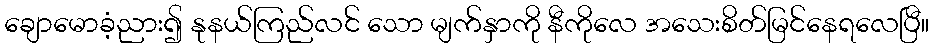
ချောမောခံ့ညား၍ နုနယ်ကြည်လင် သော မျက်နှာကို နီကိုလေ အသေးစိတ်မြင်နေရလေပြီ။